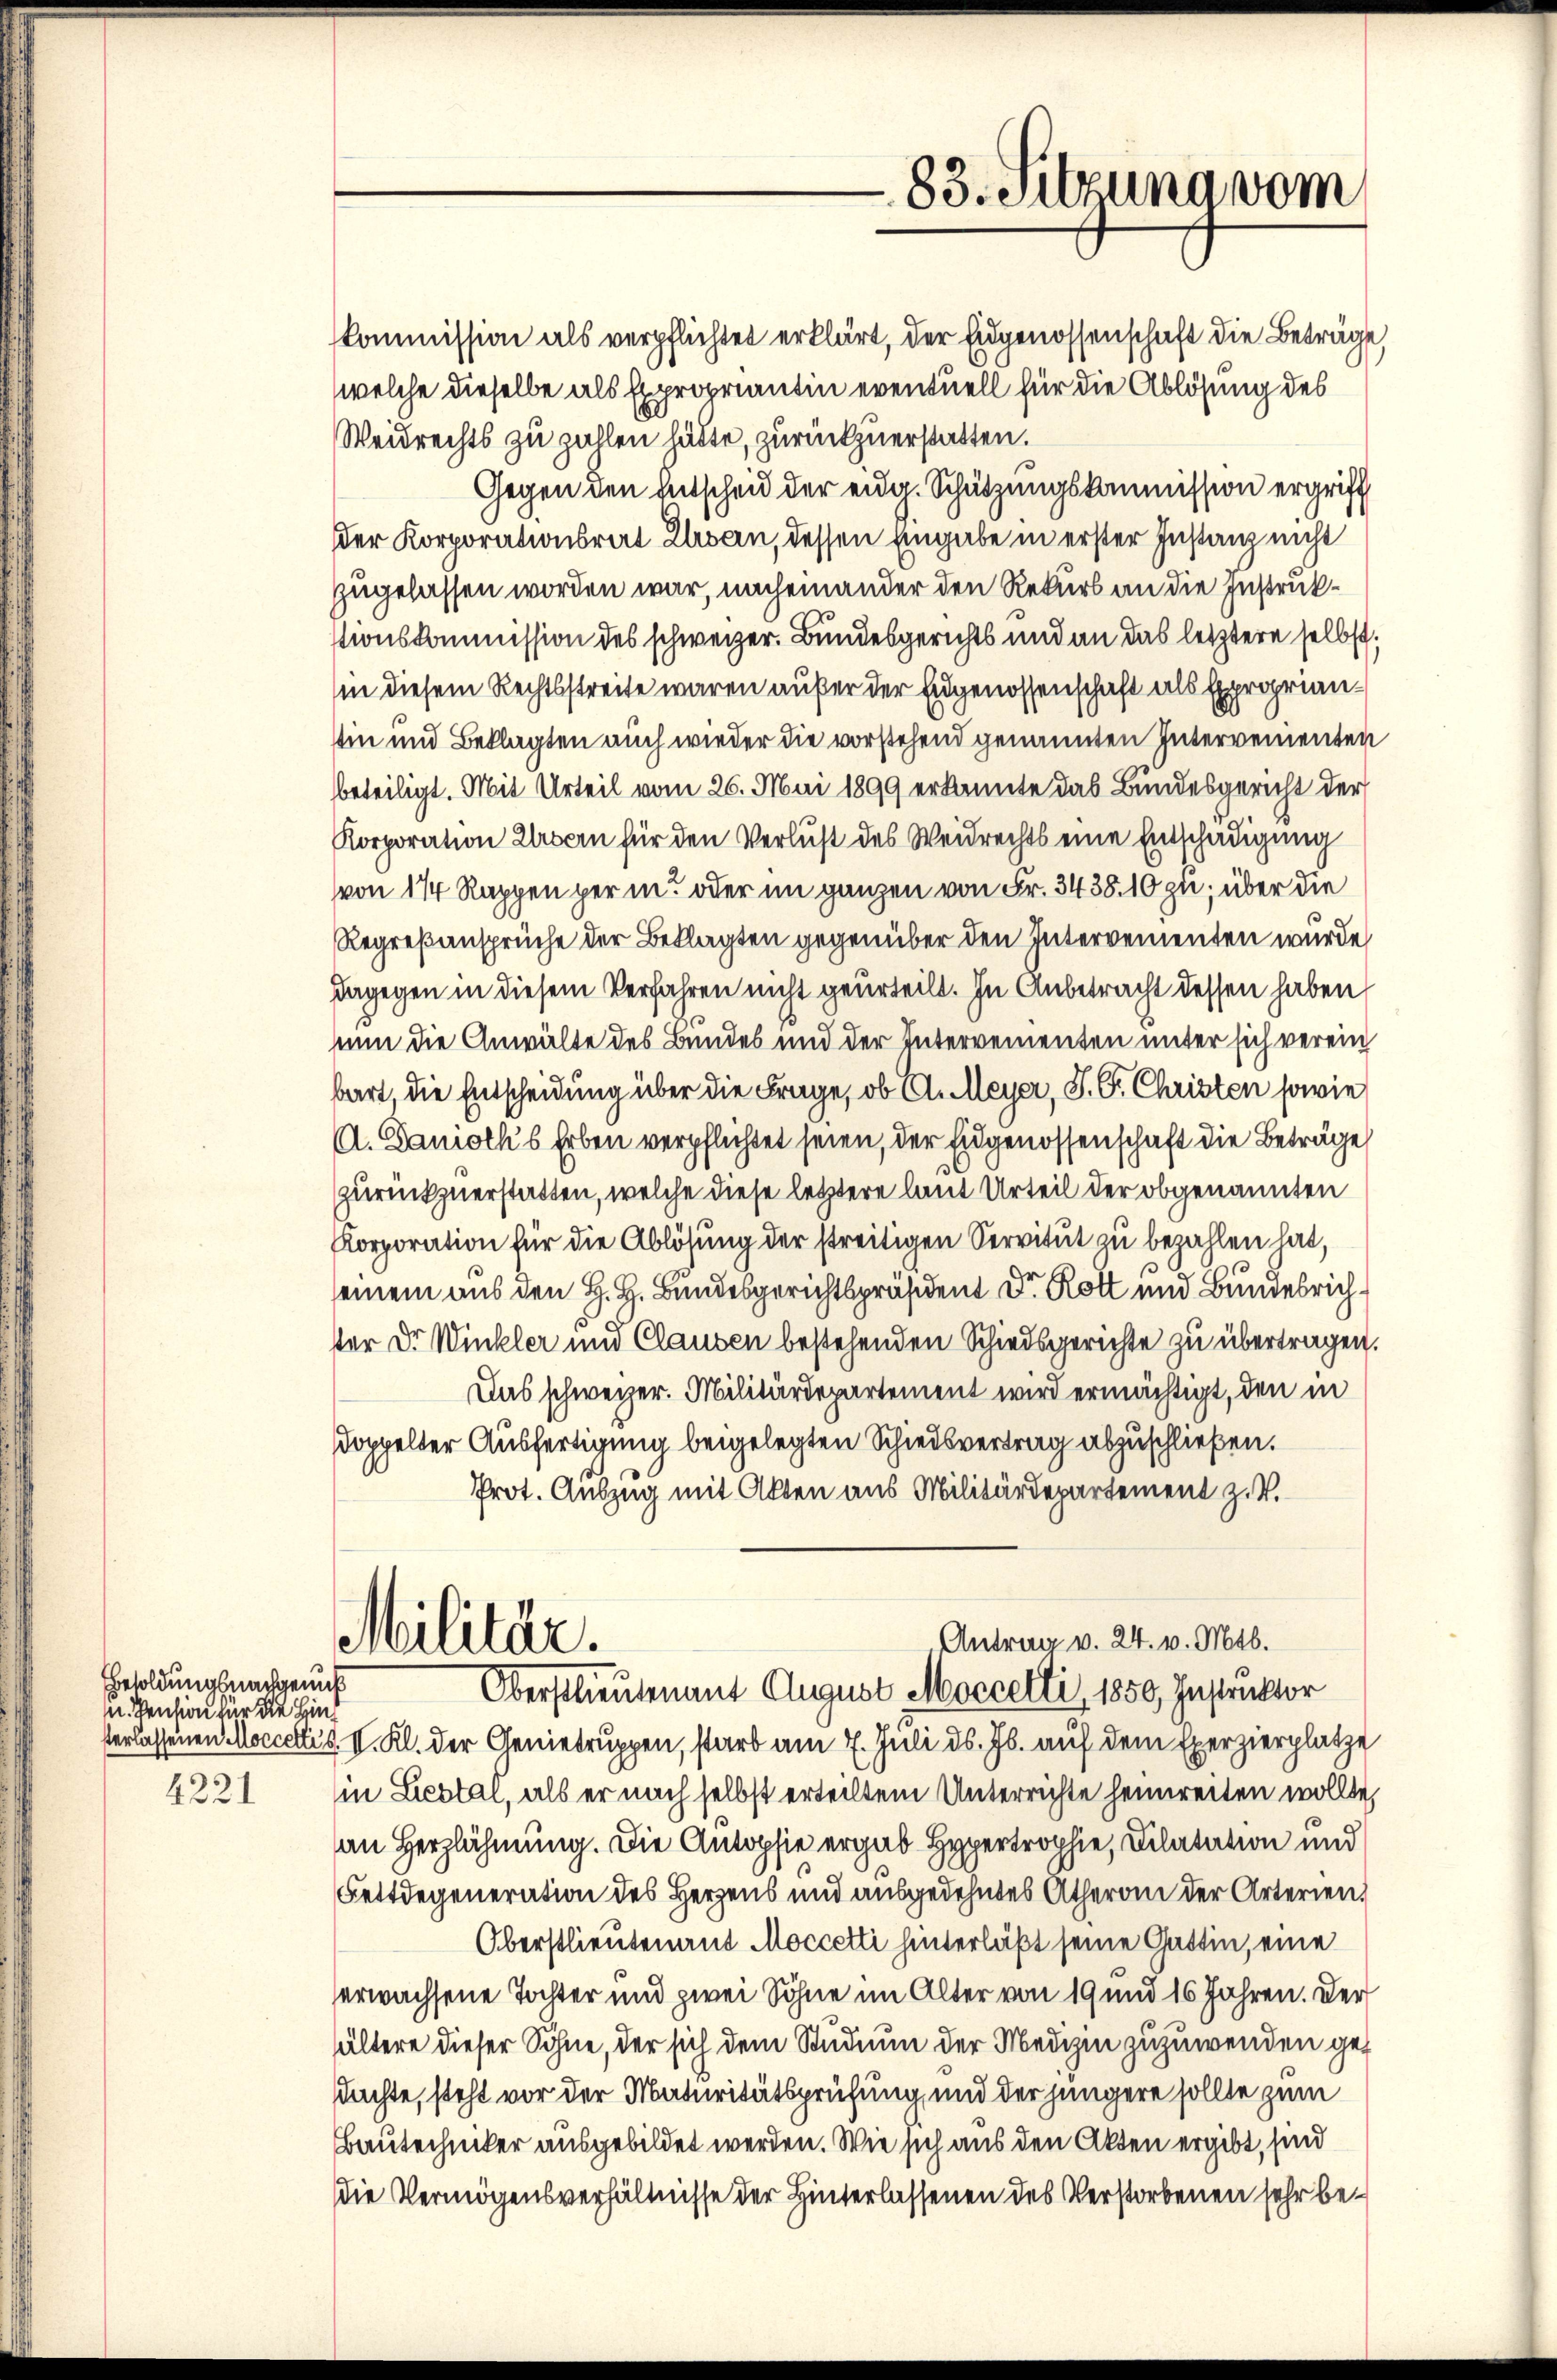
Besoldungsnachgenuß
u. Pension für die Hin¬
4221

kommission als verpflichtet erklärt, der Eidgenossenschaft die Beträge,
welche dieselbe als Expropriantin eventuell für die Ablösung des
Weidrechts zu zahlen hätte, zurückzuerstatten.
Gegen den Entscheid der eidg. Schützungskommission ergriff
der Korporationsrat Erben, dessen Eingabe in erster Instanz nicht
zugelassen worden war, nacheinander den Rekurs an die Instrukstionskommission des schweizer. Bundesgerichts und an das letztere selbst,
in diesem Rechtsstreite waren außer der Engenossenschaft als Exproprianin und Beklagten auch wieder die vorstehend genannten Intervementen
beteiligt. Mit Urteil vom 26. Mai 1899 erkannte das Bundesgericht der
Korporation Ursern für den Verlust des Weidrechts eine Entschädigung
von 174 Rappen per in oder im ganzen von Fr. 3438. 10 zu; über die
Regreßansprüche der Beklagten gegenüber den Intervementen wurde
dagegen in diesem Verfahren nicht geurteilt. In Anbetracht dessen haben
num die Anwälte des Bundes und der Intervementen unter sich verein
bart, die Entscheidung über die Frage, ob A. Meyer, S. G. Christen sowie
A. Daniotk's Erben verpflichtet seien, der Eidgenossenschaft die Beträge
zurückzuerstatten, welche diese letztere laut Urteil der obgenannten
Korporation für die Ablösung der streitigen Servitut zu bezahlen hat,
seinem aus den H. H. Bundesgerichtspräsident Dr. Rott und Bundesrichtter Dr. Winkler und Clausen bestehenden Schiedsgerichte zu übertragen.
Das schweizer. Militärdepartement wird ermächtigt, den in
doppelter Ausfertigung beigelegten Schiedsvertrag abzuschließen.
Prot. Auszug mit Akten aus Militärdepartement z. V.
Militär.
Antrag v. 24. v. Mts.
Oberstlieutenant August Moccetti, 1850, Instruktor
verlassenen Moccettis II. Kl. der Genietruppen, starb am 7. Juli d. Js. auf dem Exerzierplatze
in Liestal, als er nach selbst erteiltem Unterrichte heimreiten wollte,
an Herzlähmung. Die Antopsie ergab Hypertrophie, Dilatation und
Fettdegeneration des Herzens und ausgedehntes Atheran der Arterien,
Oberstlieutenant Moccetti hinterläßt seine Gattin, eine
erwachsene Tochter und zwei Söhne im Alter von 19 und 16 Jahren. Der
hältere dieser Söhne, der sich dem Studium der Medizin zuzuwenden gedachte, steht vor der Maturitätsprüfung, und der jüngere sollte zum
Bautechniker ausgebildet werden. Wie sich aus den Akten ergibt, sind
Die Vermögensverhältnisse der Hinterlassenen des Verstorbenen sehr be¬

83. Sitzung vom